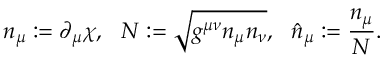
n _ { \mu } : = \partial _ { \mu } \chi , \ \ N : = \sqrt { g ^ { \mu \nu } n _ { \mu } n _ { \nu } } , \ \ \hat { n } _ { \mu } : = \frac { n _ { \mu } } { N } .